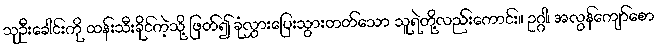
သုဦးခေါင်းကို ထန်းသီးခိုင်ကဲ့သို့ ဖြတ်၍ ခုံလွှားပြေးသွားတတ်သော သူရဲတို့လည်းကောင်း။ ဥဂ္ဂါ၊ အလွန်ကျော်စော